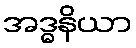
အဒ္ဓနိယာ